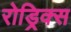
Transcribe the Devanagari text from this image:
रोड्रिक्स